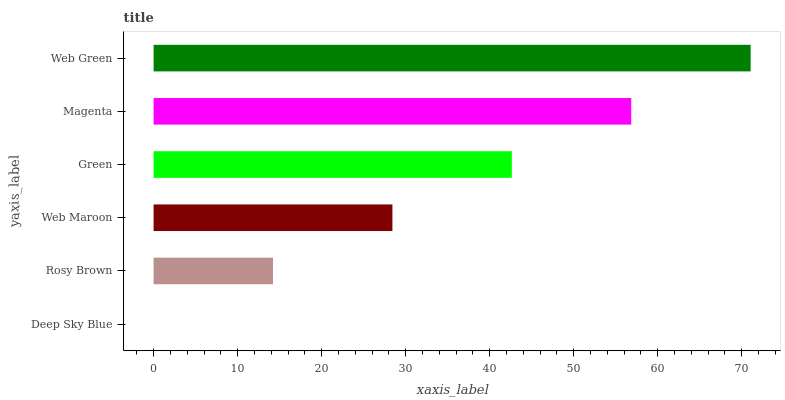
| yaxis_label | bars |
 | --- | --- |
 | Deep Sky Blue | 0 |
 | Rosy Brown | 14.2 |
 | Web Maroon | 28.4 |
 | Green | 42.6 |
 | Magenta | 56.9 |
 | Web Green | 71.1 |